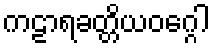
ကဠာရခတ္တိယဝဂ္ဂေါ